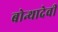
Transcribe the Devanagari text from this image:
बोन्थादेवी